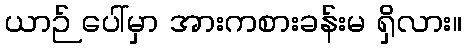
ယာဉ် ပေါ်မှာ အားကစားခန်းမ ရှိလား။